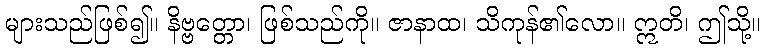
များသည်ဖြစ်၍။ နိဗ္ဗတ္တော၊ ဖြစ်သည်ကို။ ဇာနာထ၊ သိကုန်၏လော။ ဣတိ၊ ဤသို့။